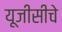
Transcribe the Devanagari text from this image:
यूजीसीचे